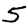
Digit: 5